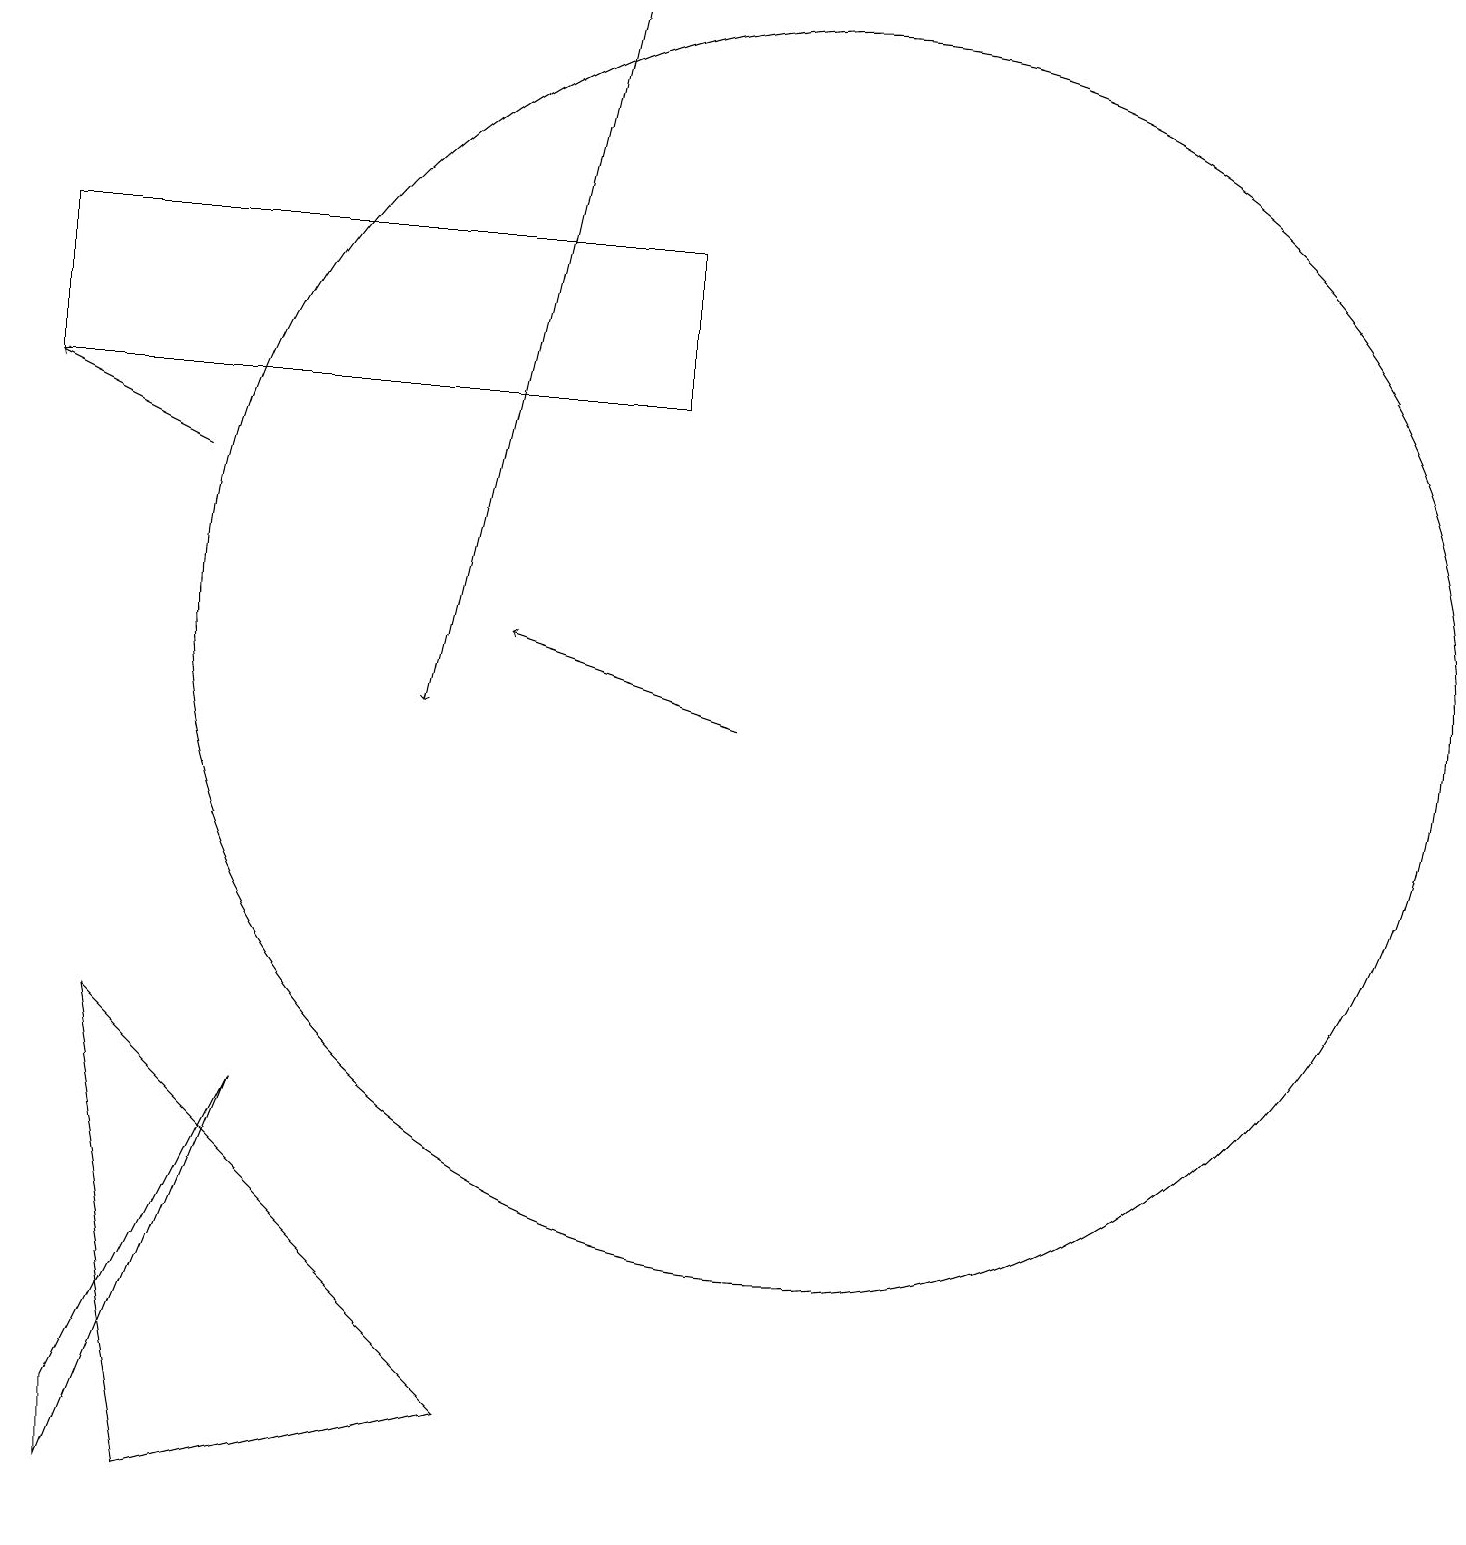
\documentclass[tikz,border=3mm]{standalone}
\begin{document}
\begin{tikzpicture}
\draw (10,11) circle (8);
\draw (1,0) -- (3,5) -- (1,1) -- cycle;
\draw[->] (2,13) -- (0,14);
\draw[->] (7,19) -- (5,10);
\draw[->] (9,10) -- (6,11);
\draw (2,0) -- (6,1) -- (1,6) -- cycle;
\draw (8,16) rectangle (0,14);
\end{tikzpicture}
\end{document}